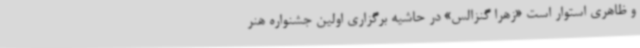
و ظاهری استوار است «زهرا گنزالس» در حاشیه برگزاری اولین جشنواره هنر